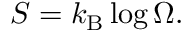
S = k _ { \mathrm { B } } \log \Omega .